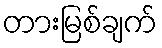
တားမြစ်ချက်